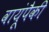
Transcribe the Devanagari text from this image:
वायूंपैकी